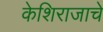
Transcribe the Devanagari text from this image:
केशिराजाचे